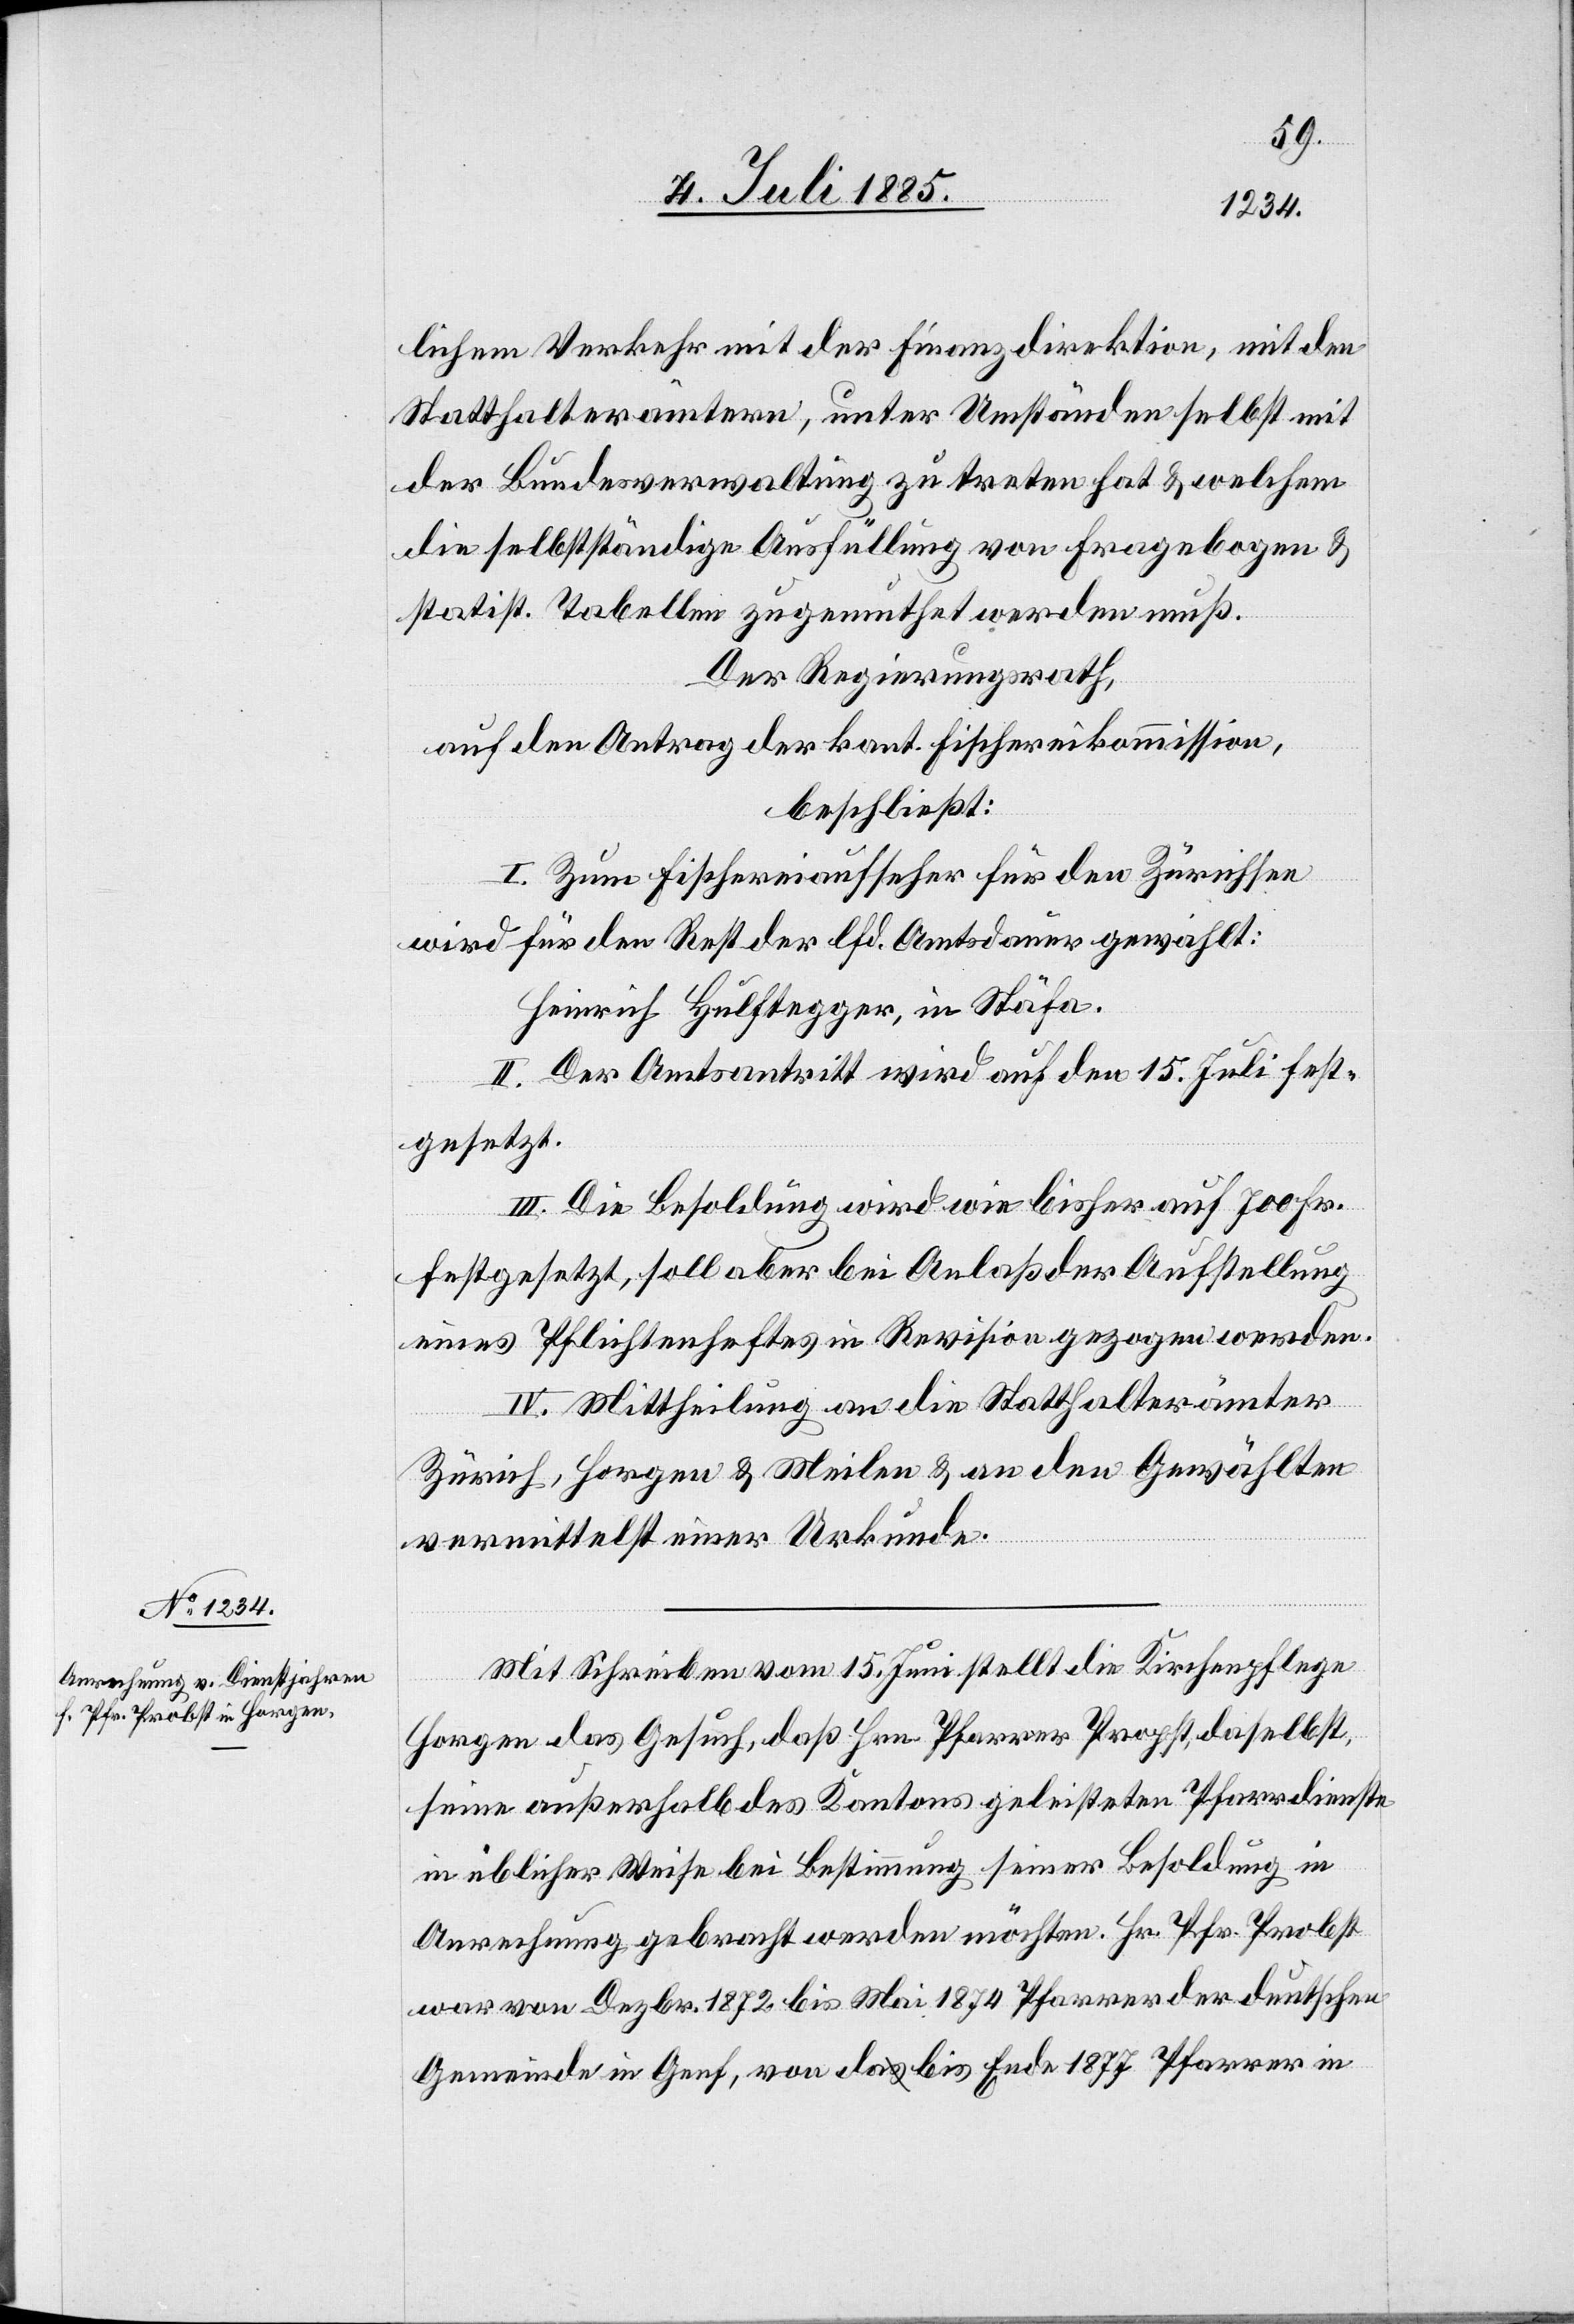
lichen Verkehr mit der Finanzdirektion, selbst
der Bundesverwaltung zu treten hat & welchem
die selbstständige Ausfüllung von Fragebogen &
statist. Tabellen zugemuthet werden muß.
Der Regierungsrath,
auf den Antrag der kant. Fischereikommission,
beschließt:
I. Zum Fischereiaufseher für den Zürichsee
wird für den Rest der lfd. Amtsdauer gewählt:
Heinrich Hulftegger, in Stäfa.
II. Der Amtsantritt wird auf den 15. Juli fest¬
gesetzt.
III. Die Besoldung wird wie bisher auf 700 Fr.
festgesetzt, soll aber bei Anlaß der Aufstellung
eines Pflichtenheftes in Revision gezogen werden.
IV. Mittheilung an die Statthalterämter
Zürich, Horgen & Meilen & an den Gewählten
vermittelst einer Urkunde.
Mit Schreiben vom 15. Juni stellt die Kirchenpflege
Horgen das Gesuch, daß Hrn. Pfarrer Propst [sic!], daselbst,
seine außerhalb des Kantons geleisteten Pfarrdienste
in üblicher Weise bei Bestimmung seiner Besoldung in
Anrechnung gebracht werden möchten. Hr. Pfr. Probst
war von Dezbr. 1872 bis Mai 1874 Pfarrer der deutschen
Gemeinde in Genf, von da bis Ende 1877 Pfarrer in